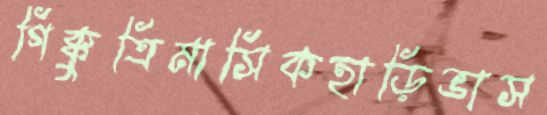
গিক্কুত্রিমাসিকহাড়িভাস